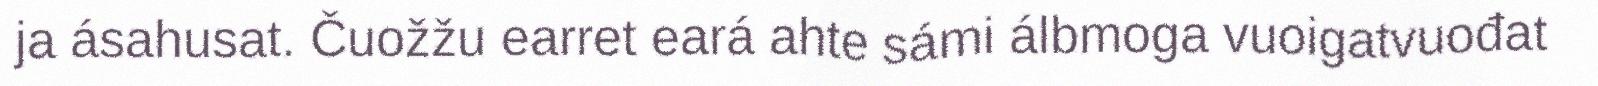
ja ásahusat. Čuožžu earret eará ahte sámi álbmoga vuoigatvuođat